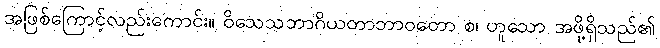
အဖြစ်ကြောင့်လည်းကောင်း။ ဝိသေသဘာဂိယတာဘာဝတော စ၊ ဟူသော အဖို့ရှိသည်၏